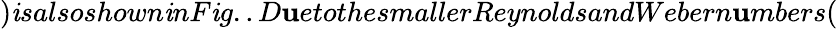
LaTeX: )\mathit{i}salsoshown\mathit{i}nF\mathit{i}g..D\mathbf{u}etothesmallerReynoldsandWebern\mathbf{u}mbers(